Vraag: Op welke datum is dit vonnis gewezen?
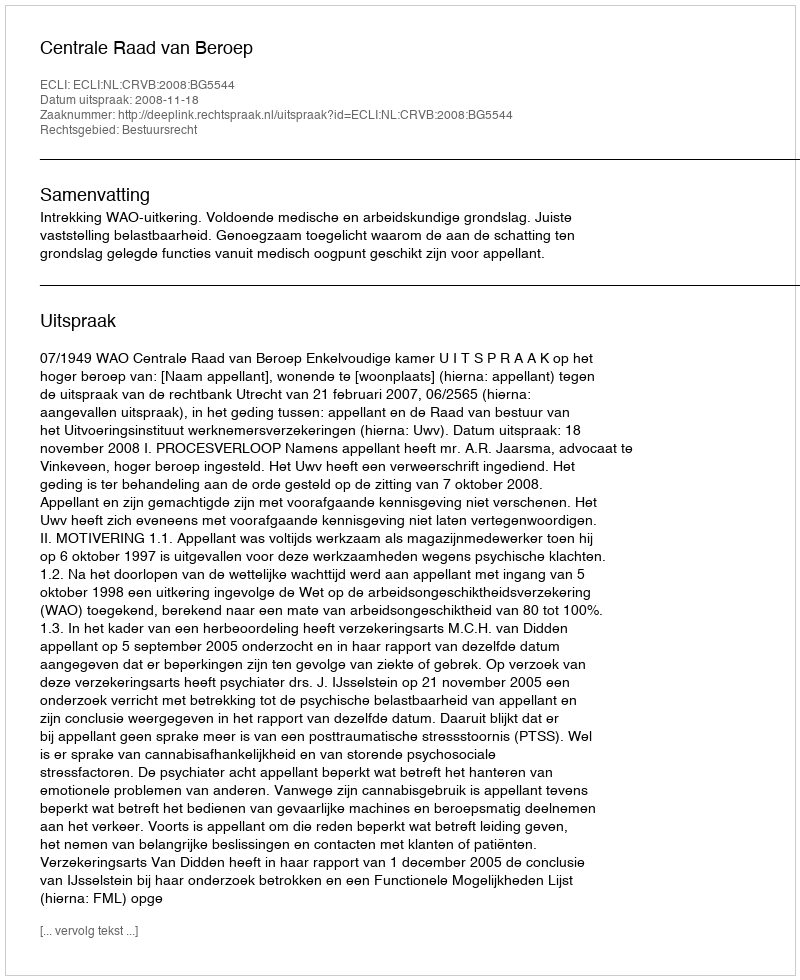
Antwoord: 2008-11-18